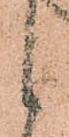
候